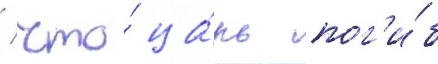
/ что́ ца́рь пог'и́б